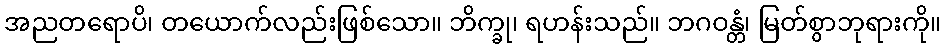
အညတရောပိ၊ တယောက်လည်းဖြစ်သော။ ဘိက္ခု၊ ရဟန်းသည်။ ဘဂဝန္တံ၊ မြတ်စွာဘုရားကို။